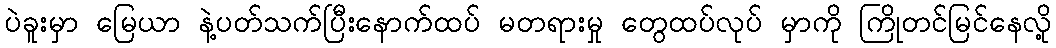
ပဲခူးမှာ မြေယာ နဲ့ပတ်သက်ပြီးနောက်ထပ် မတရားမှု တွေထပ်လုပ် မှာကို ကြိုတင်မြင်နေလို့